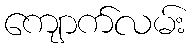
ကျောက်လမ်း